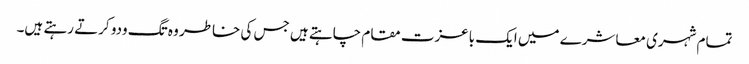
تمام شہری معاشرے میں ایک باعزت مقام چاہتے ہیں جس کی خاطر وہ تگ ودو کرتے رہتے ہیں۔